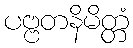
ပဗ္ဗတနိမိတ္တံ